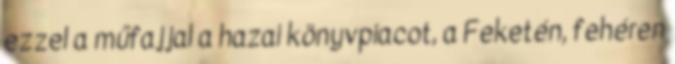
ezzel a műfajjal a hazai könyvpiacot, a Feketén, fehéren